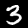
Digit: 3